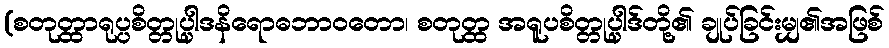
(စတုတ္ထာရုပ္ပစိတ္တုပ္ပါဒနိရောဓဘာဝတော၊ စတုတ္ထ အရူပစိတ္တုပ္ပါဒ်တို့၏ ချုပ်ခြင်းမျှ၏အဖြစ်